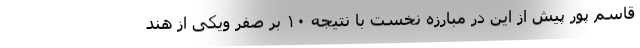
قاسم پور پیش از این در مبارزه نخست با نتیجه ۱۰ بر صفر ویکی از هند